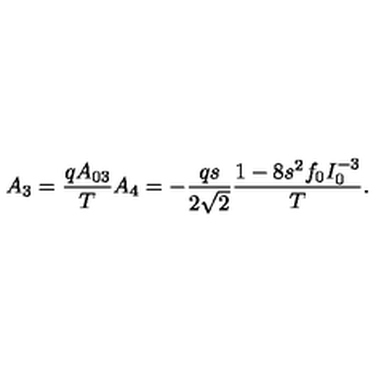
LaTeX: A _ { 3 } = { \frac { q A _ { 0 3 } } { T } } A _ { 4 } = - { \frac { q s } { 2 \sqrt 2 } } { \frac { 1 - 8 s ^ { 2 } f _ { 0 } I _ { 0 } ^ { - 3 } } { T } } .